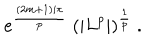
e ^ { \frac { ( 2 m + 1 ) i \pi } { p } } \ ( | L ^ { p } | ) ^ { \frac { 1 } { p } } \ .